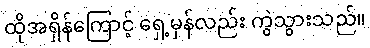
ထိုအရှိန်ကြောင့် ရှေ့မှန်လည်း ကွဲသွားသည်။